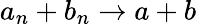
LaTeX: a_{n}+b_{n}\to a+b